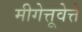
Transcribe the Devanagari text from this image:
मीगेत्तूवेत्ते